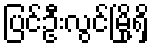
ပြင်ဦးလွင်မြို့ရှိ